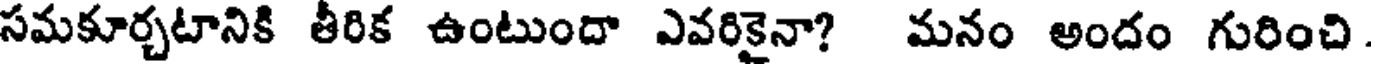
సమకూర్చటానికి తీరిక ఉంటుందా ఎవరికైనా? మనం అందం గురించి